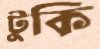
টুকি